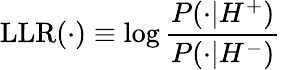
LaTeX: \mathrm{LLR}(\cdot)\equiv\log\frac{P(\cdot|{H^{+}})}{P(\cdot|{H^{-}})}